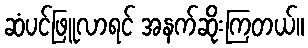
ဆံပင်ဖြူလာရင် အနက်ဆိုးကြတယ်။